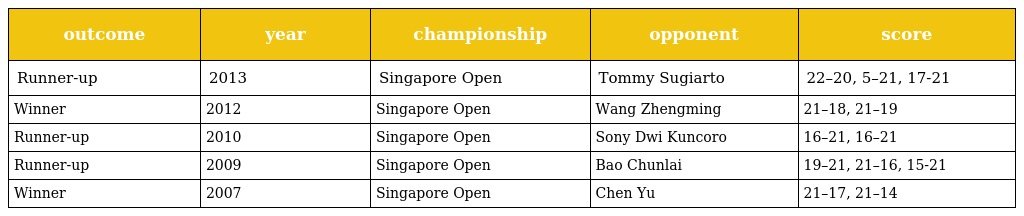
| outcome | year | championship | opponent | score |
 | --- | --- | --- | --- | --- |
 | Runner-up | 2013 | Singapore Open | Tommy Sugiarto | 22–20, 5–21, 17-21 |
 | Winner | 2012 | Singapore Open | Wang Zhengming | 21–18, 21–19 |
 | Runner-up | 2010 | Singapore Open | Sony Dwi Kuncoro | 16–21, 16–21 |
 | Runner-up | 2009 | Singapore Open | Bao Chunlai | 19–21, 21–16, 15-21 |
 | Winner | 2007 | Singapore Open | Chen Yu | 21–17, 21–14 |